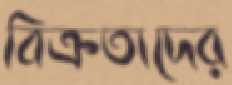
বিক্রতাদের